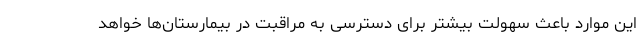
این موارد باعث سهولت بیشتر برای دسترسی به مراقبت در بیمارستان‌ها خواهد